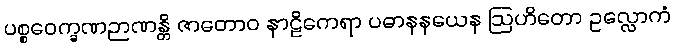
ပစ္စဝေက္ခဏဉာဏန္တိ ဇာတောဝ နာဠိကေရာ ပဓာနနယေန ဩဟိတော ဥလ္လောကံ